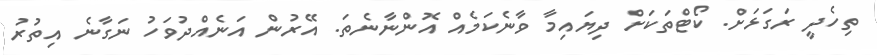
ތިހެދީ ރަގަޅަށް. ކޯޓްތަކަށް ދިޔައިމާ ވާނެކަމެއް އޮންނާނެތަ. އޭރުން އަނެއްދުވަހު ނަގާނެ އިތުރު